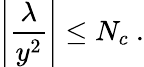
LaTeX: \left|{\frac{\lambda}{y^{2}}}\right|\le N_{c}~.